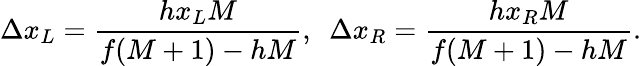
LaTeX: \Delta x_{L}=\frac{hx_{L}M}{f(M+1)-hM},\ \ \Delta x_{R}=\frac{hx_{R}M}{f(M+1)-hM}.